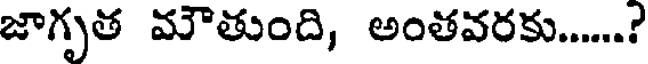
జాగృత మౌతుంది, అంతవరకు......?